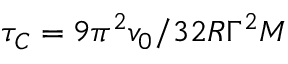
\tau _ { C } = { 9 \pi ^ { 2 } } { v _ { 0 } / 3 2 R \Gamma ^ { 2 } M }